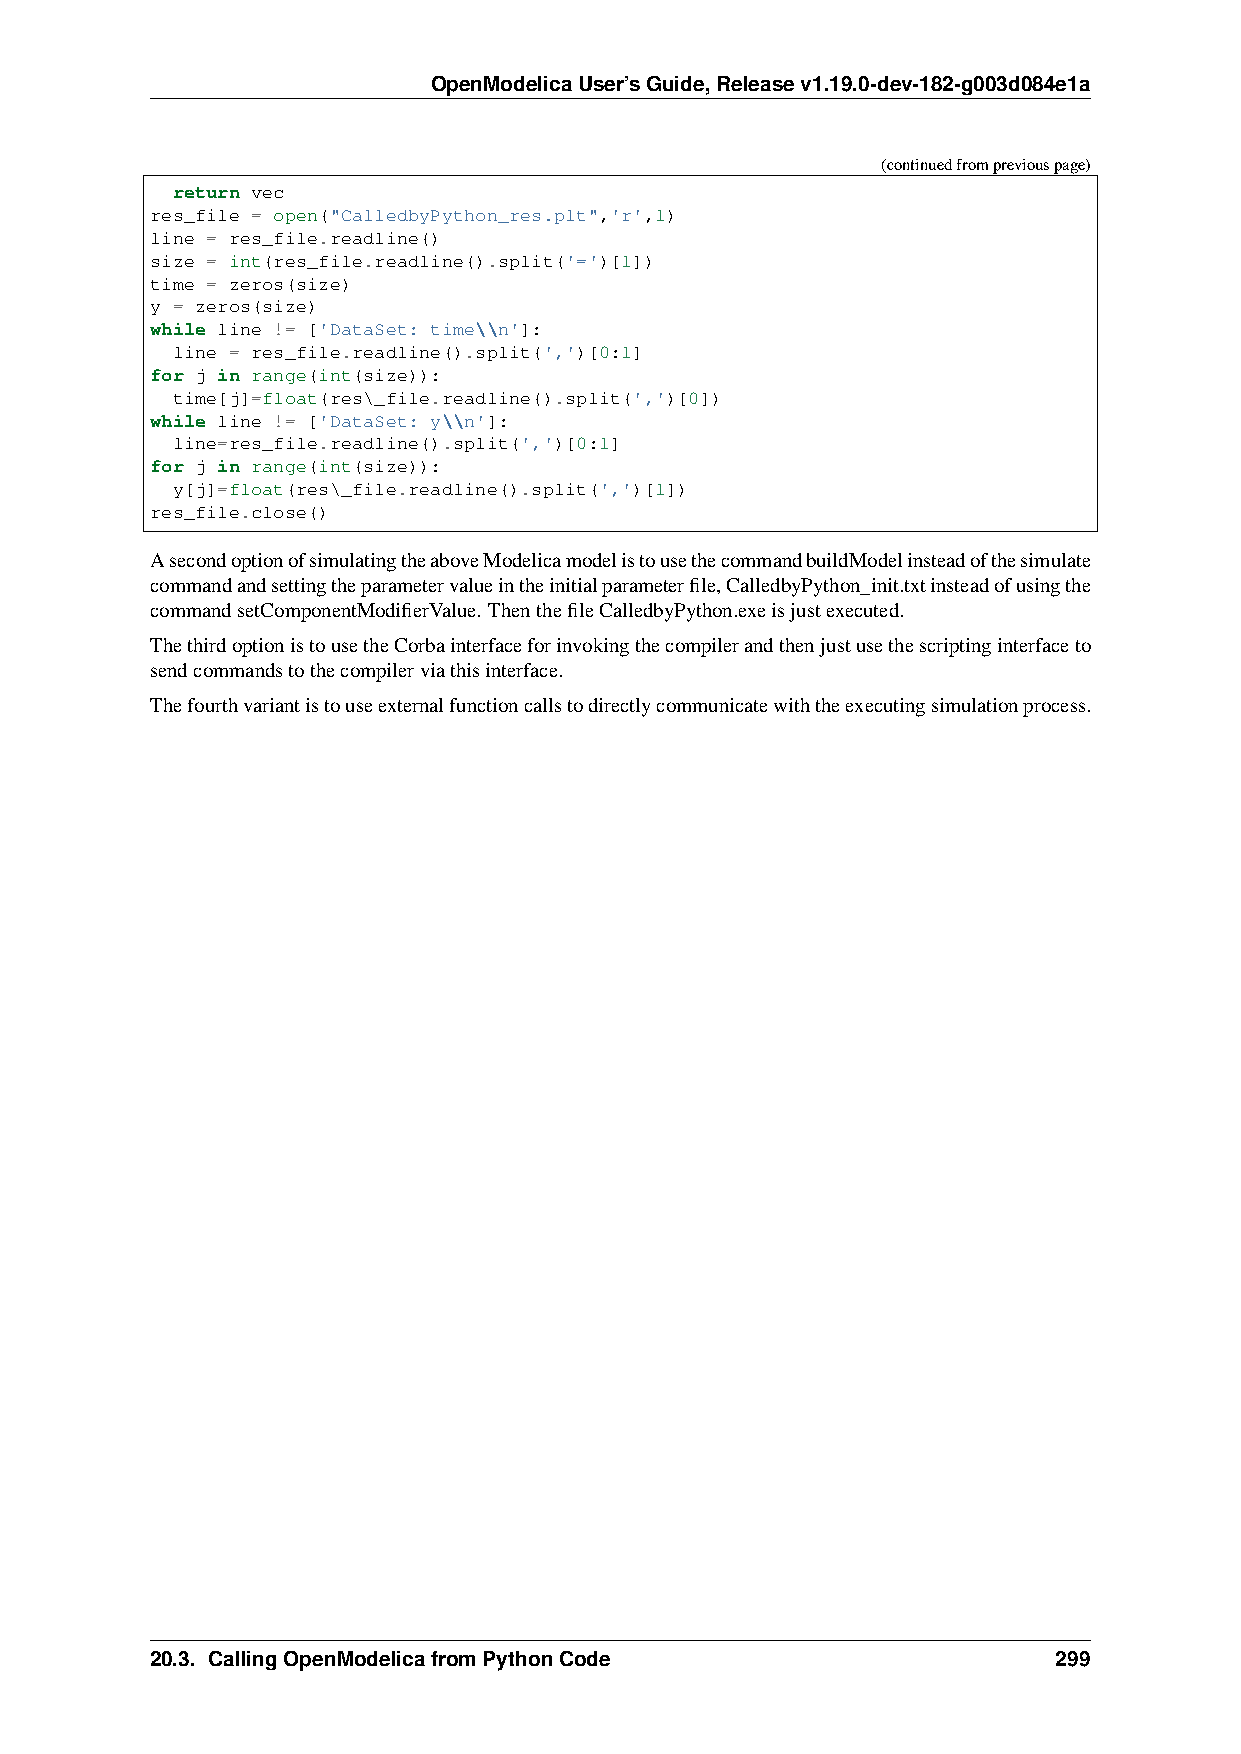
OpenModelicaUser’sGuide,Releasev1.19.0-dev-182-g003d084e1a
 (continuedfrompreviouspage)
 return vec
 res_file = open("CalledbyPython_res.plt",'r',1)
 line = res_file.readline()
 size = int(res_file.readline().split('=')[1])
 time = zeros(size)
 y = zeros(size)
 while line != ['DataSet: time\\n']:
 line = res_file.readline().split(',')[0:1]
 for j in range(int(size)):
 time[j]=float(res\_file.readline().split(',')[0])
 while line != ['DataSet: y\\n']:
 line=res_file.readline().split(',')[0:1]
 for j in range(int(size)):
 y[j]=float(res\_file.readline().split(',')[1])
 res_file.close()
 AsecondoptionofsimulatingtheaboveModelicamodelistousethecommandbuildModelinsteadofthesimulate
 commandandsettingtheparametervalueintheinitialparameterfile,CalledbyPython_init.txtinsteadofusingthe
 commandsetComponentModifierValue. ThenthefileCalledbyPython.exeisjustexecuted.
 ThethirdoptionistousetheCorbainterfaceforinvokingthecompilerandthenjustusethescriptinginterfaceto
 sendcommandstothecompilerviathisinterface.
 Thefourthvariantistouseexternalfunctioncallstodirectlycommunicatewiththeexecutingsimulationprocess.
 20.3. CallingOpenModelicafromPythonCode                     299